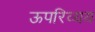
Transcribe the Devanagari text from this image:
ऊपरिव्यय